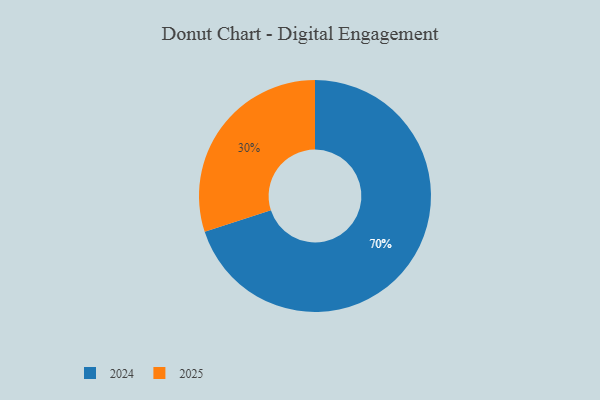
{"axis": {"x": "Category", "y": "Percentage"}, "legend": ["2024", "2025"], "data": [{"x": "2025", "y": 30, "type": "2025"}, {"x": "2024", "y": 70, "type": "2024"}]}